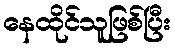
နေထိုင်သူဖြစ်ပြီး